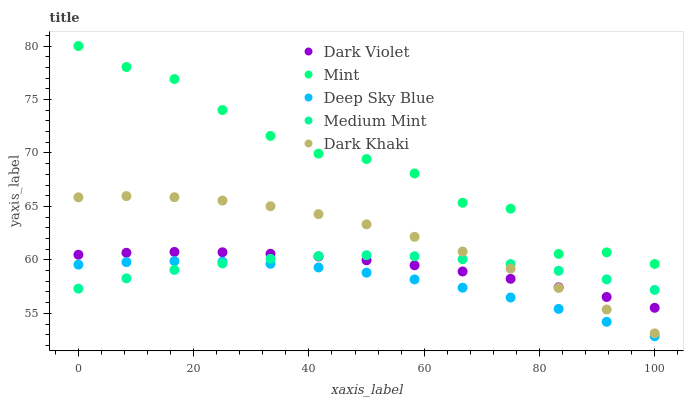
| xaxis_label | Dark Violet | Mint | Deep Sky Blue | Medium Mint | Dark Khaki |
 | --- | --- | --- | --- | --- | --- |
 | 0 | 60.5 | 80 | 59.6 | 57.3 | 65.9 |
 | 8.33 | 60.7 | 78 | 59.8 | 58.3 | 66 |
 | 16.7 | 60.7 | 76.9 | 59.9 | 59.1 | 65.9 |
 | 25 | 60.7 | 74 | 59.8 | 59.7 | 65.5 |
 | 33.3 | 60.6 | 71.6 | 59.6 | 60.1 | 65 |
 | 41.7 | 60.3 | 69.9 | 59.3 | 60.4 | 64.3 |
 | 50 | 60 | 69.4 | 58.8 | 60.4 | 63.3 |
 | 58.3 | 59.5 | 68.1 | 58.2 | 60.3 | 62.2 |
 | 66.7 | 58.9 | 65.3 | 57.4 | 60.1 | 60.8 |
 | 75 | 58.2 | 64.8 | 56.5 | 59.6 | 59.2 |
 | 83.3 | 57.4 | 60.6 | 55.4 | 59 | 57.4 |
 | 91.7 | 56.5 | 60.7 | 54.2 | 58.2 | 55.4 |
 | 100 | 55.5 | 59.6 | 52.9 | 57.2 | 53.1 |